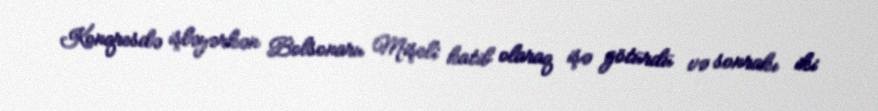
Konqresdə işləyərkən Bolsonaru Mişeli katib olaraq işə götürdü və sonrakı iki